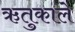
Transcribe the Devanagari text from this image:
ऋतुकाले